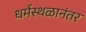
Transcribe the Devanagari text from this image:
धर्मस्थळानंतर